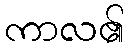
ကာလ၏